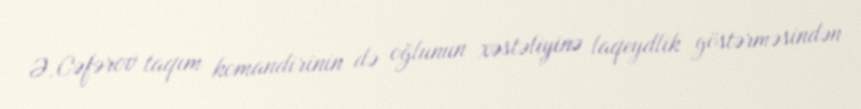
Ə.Cəfərov taqım komandirinin də oğlunun xəstəliyinə laqeydlik göstərməsindən